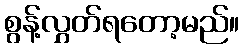
စွန့်လွှတ်ရတော့မည်။